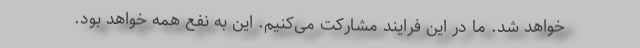
خواهد شد. ما در این فرایند مشارکت می‌‌کنیم. این به نفع همه خواهد بود.